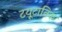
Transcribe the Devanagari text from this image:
टयूटानिक